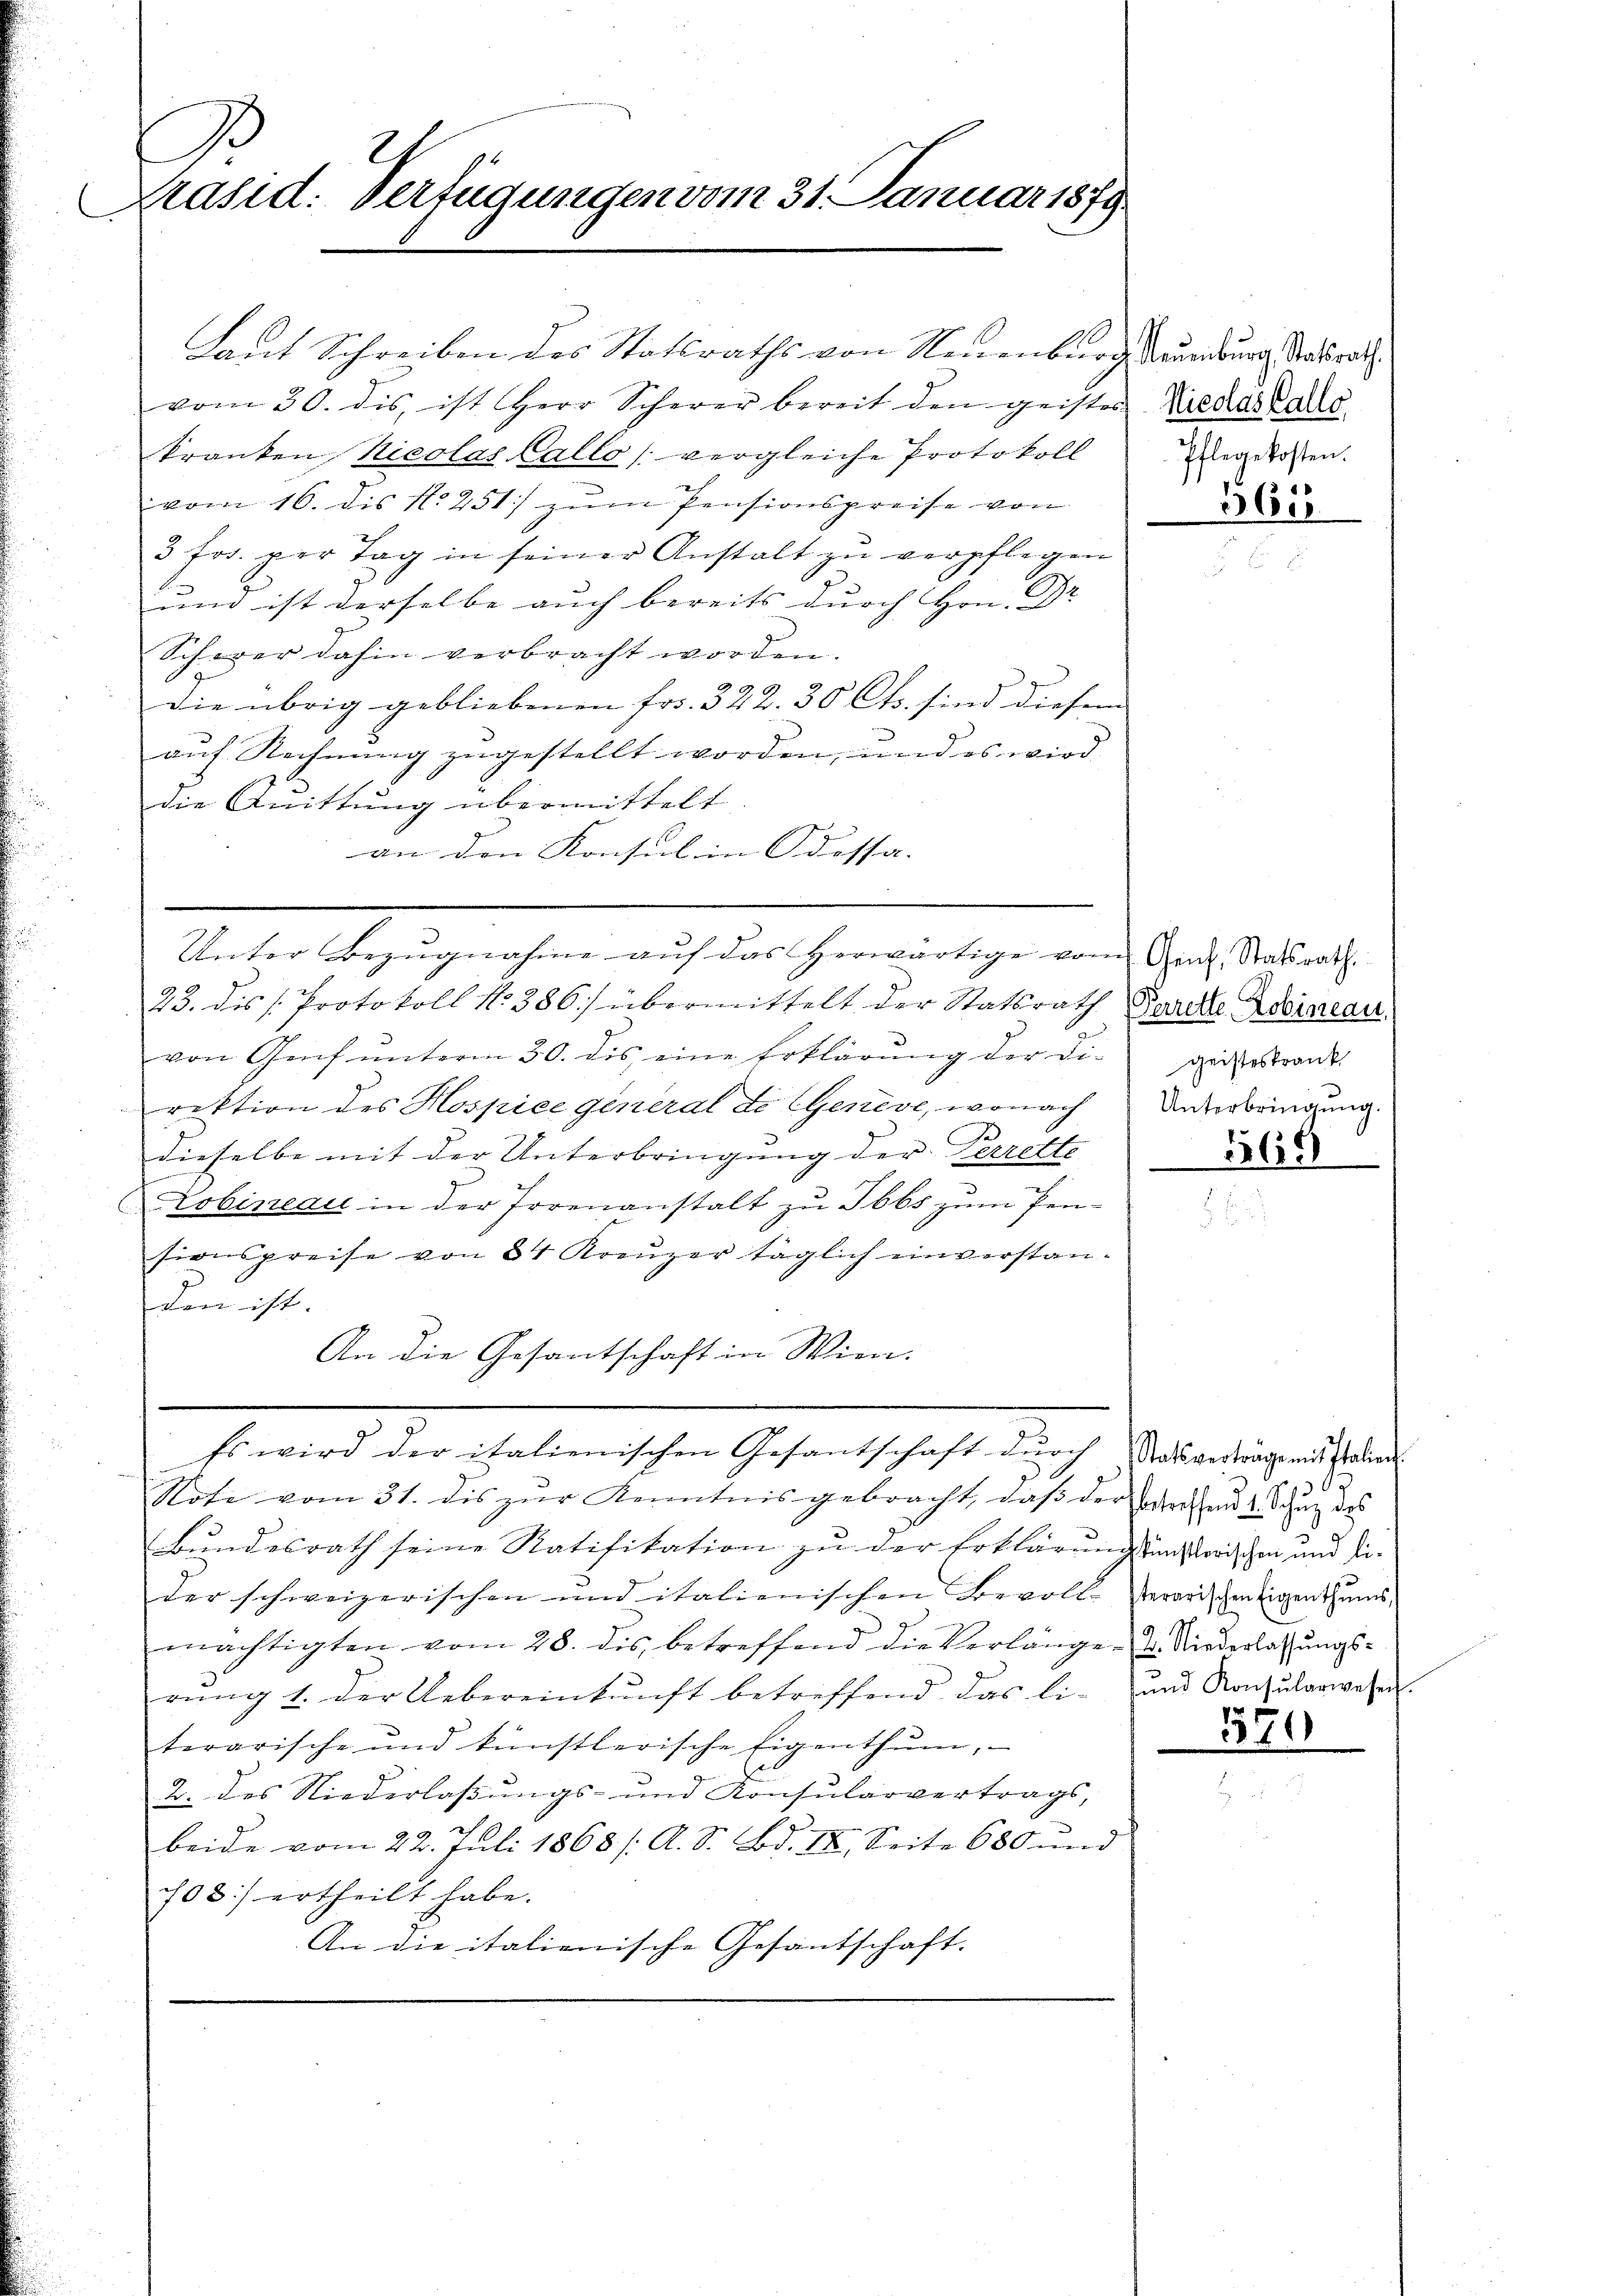
Präsid: Verfügungen vom 31. Januar 1879.
.

Laut Schreiben des Statsraths von Neuenburg neuenburg Statsrath
vom 30. dis, ist Herr Scherer bereit den geistes Liedaskals
kranken, Nicolas Callo (vergleiche Protokoll Wegekosten.
vom 16. dis N. 251) zum Pensionspreise von
3 frs. per Tag in seiner Anstalt zŭ verpflegen
und ist derselbe auch bereits durch Hrn. Dr
Schwer dahin verbracht worden.
Die übrig gebliebenen Fr. 322. 30 Cts. sind diesem |
auf Rechnung zugestellt worden, und es wird
die Quittung übermittelt
an den Konsul in Odessa.
Unter Bezugnahme auf das herwärtige vom Eid, Statsrath
23. des Protokoll No 386) übermittelt der Statsrath Parte Adorareau.
von Genf unterm 30. dis eine Erklärung der Di-
rektion des Hospice general de Genève, wonach
dieselbe mit der Unterbringung der Perrette
Lobineau in der Irrenanstalt zu Ibbs zum Pensionspreise von 34 Kreuzer täglich einverstanden ist.
An die Gesantschaft in Wien.
Es wird der italienischen Gesantschaft durch Ratsverträge mit Patie
Note vom 31. dis zur Kenntnis gebracht, daß der Erstand 2 Schutz des
Bundesrath seine Ratifikation zu der Erklärungsanstorischen und dieder schweizerischen und italienischen Bevoll-Aerarischen Eigenthums,
mächtigten vom 28. des betreffend die Verlänger. Niederlassungsrŭng 1. der Uebereinkunft betreffend das li-und Konsŭlarwesen.
terarische und künstlerische Eigenthŭm,
2. des Niederlassungs- und Konsularvertrags,
beide vom 22. Juli 1868 / A. S. Bd. II. Seite 680 und
708 ertheilt habe.
An die italienische Gesantschaft.

A
1

360

geisteskrank.
Unterbringung.
360

03
e
e

570